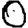
Digit: 0